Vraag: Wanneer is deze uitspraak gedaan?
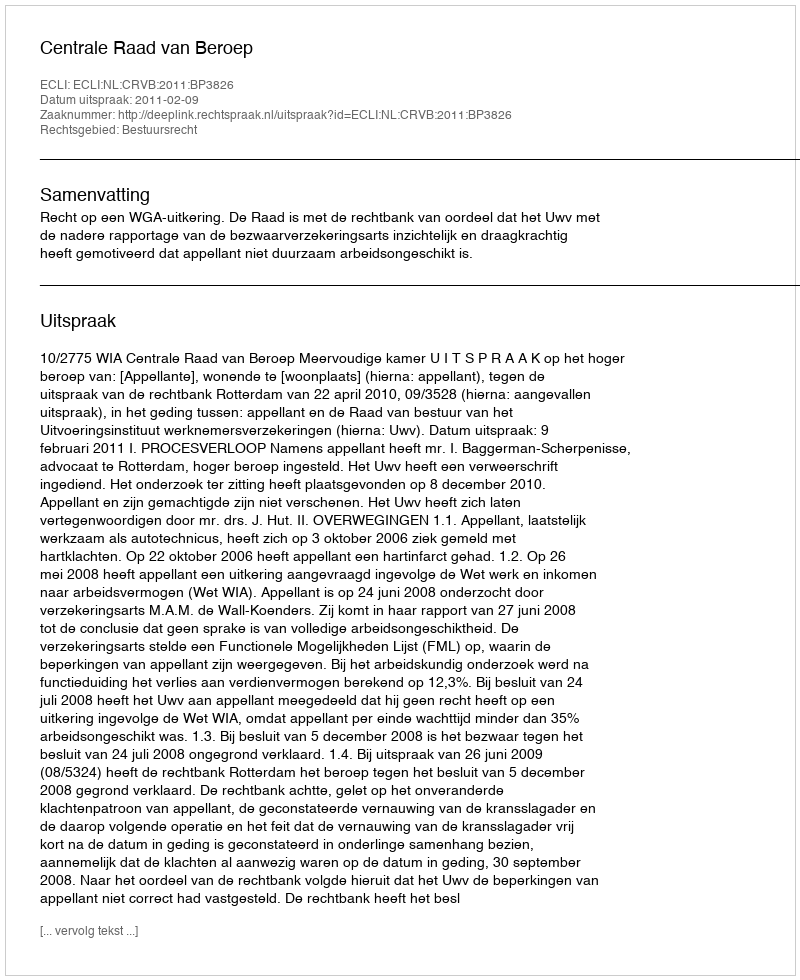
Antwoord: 2011-02-09